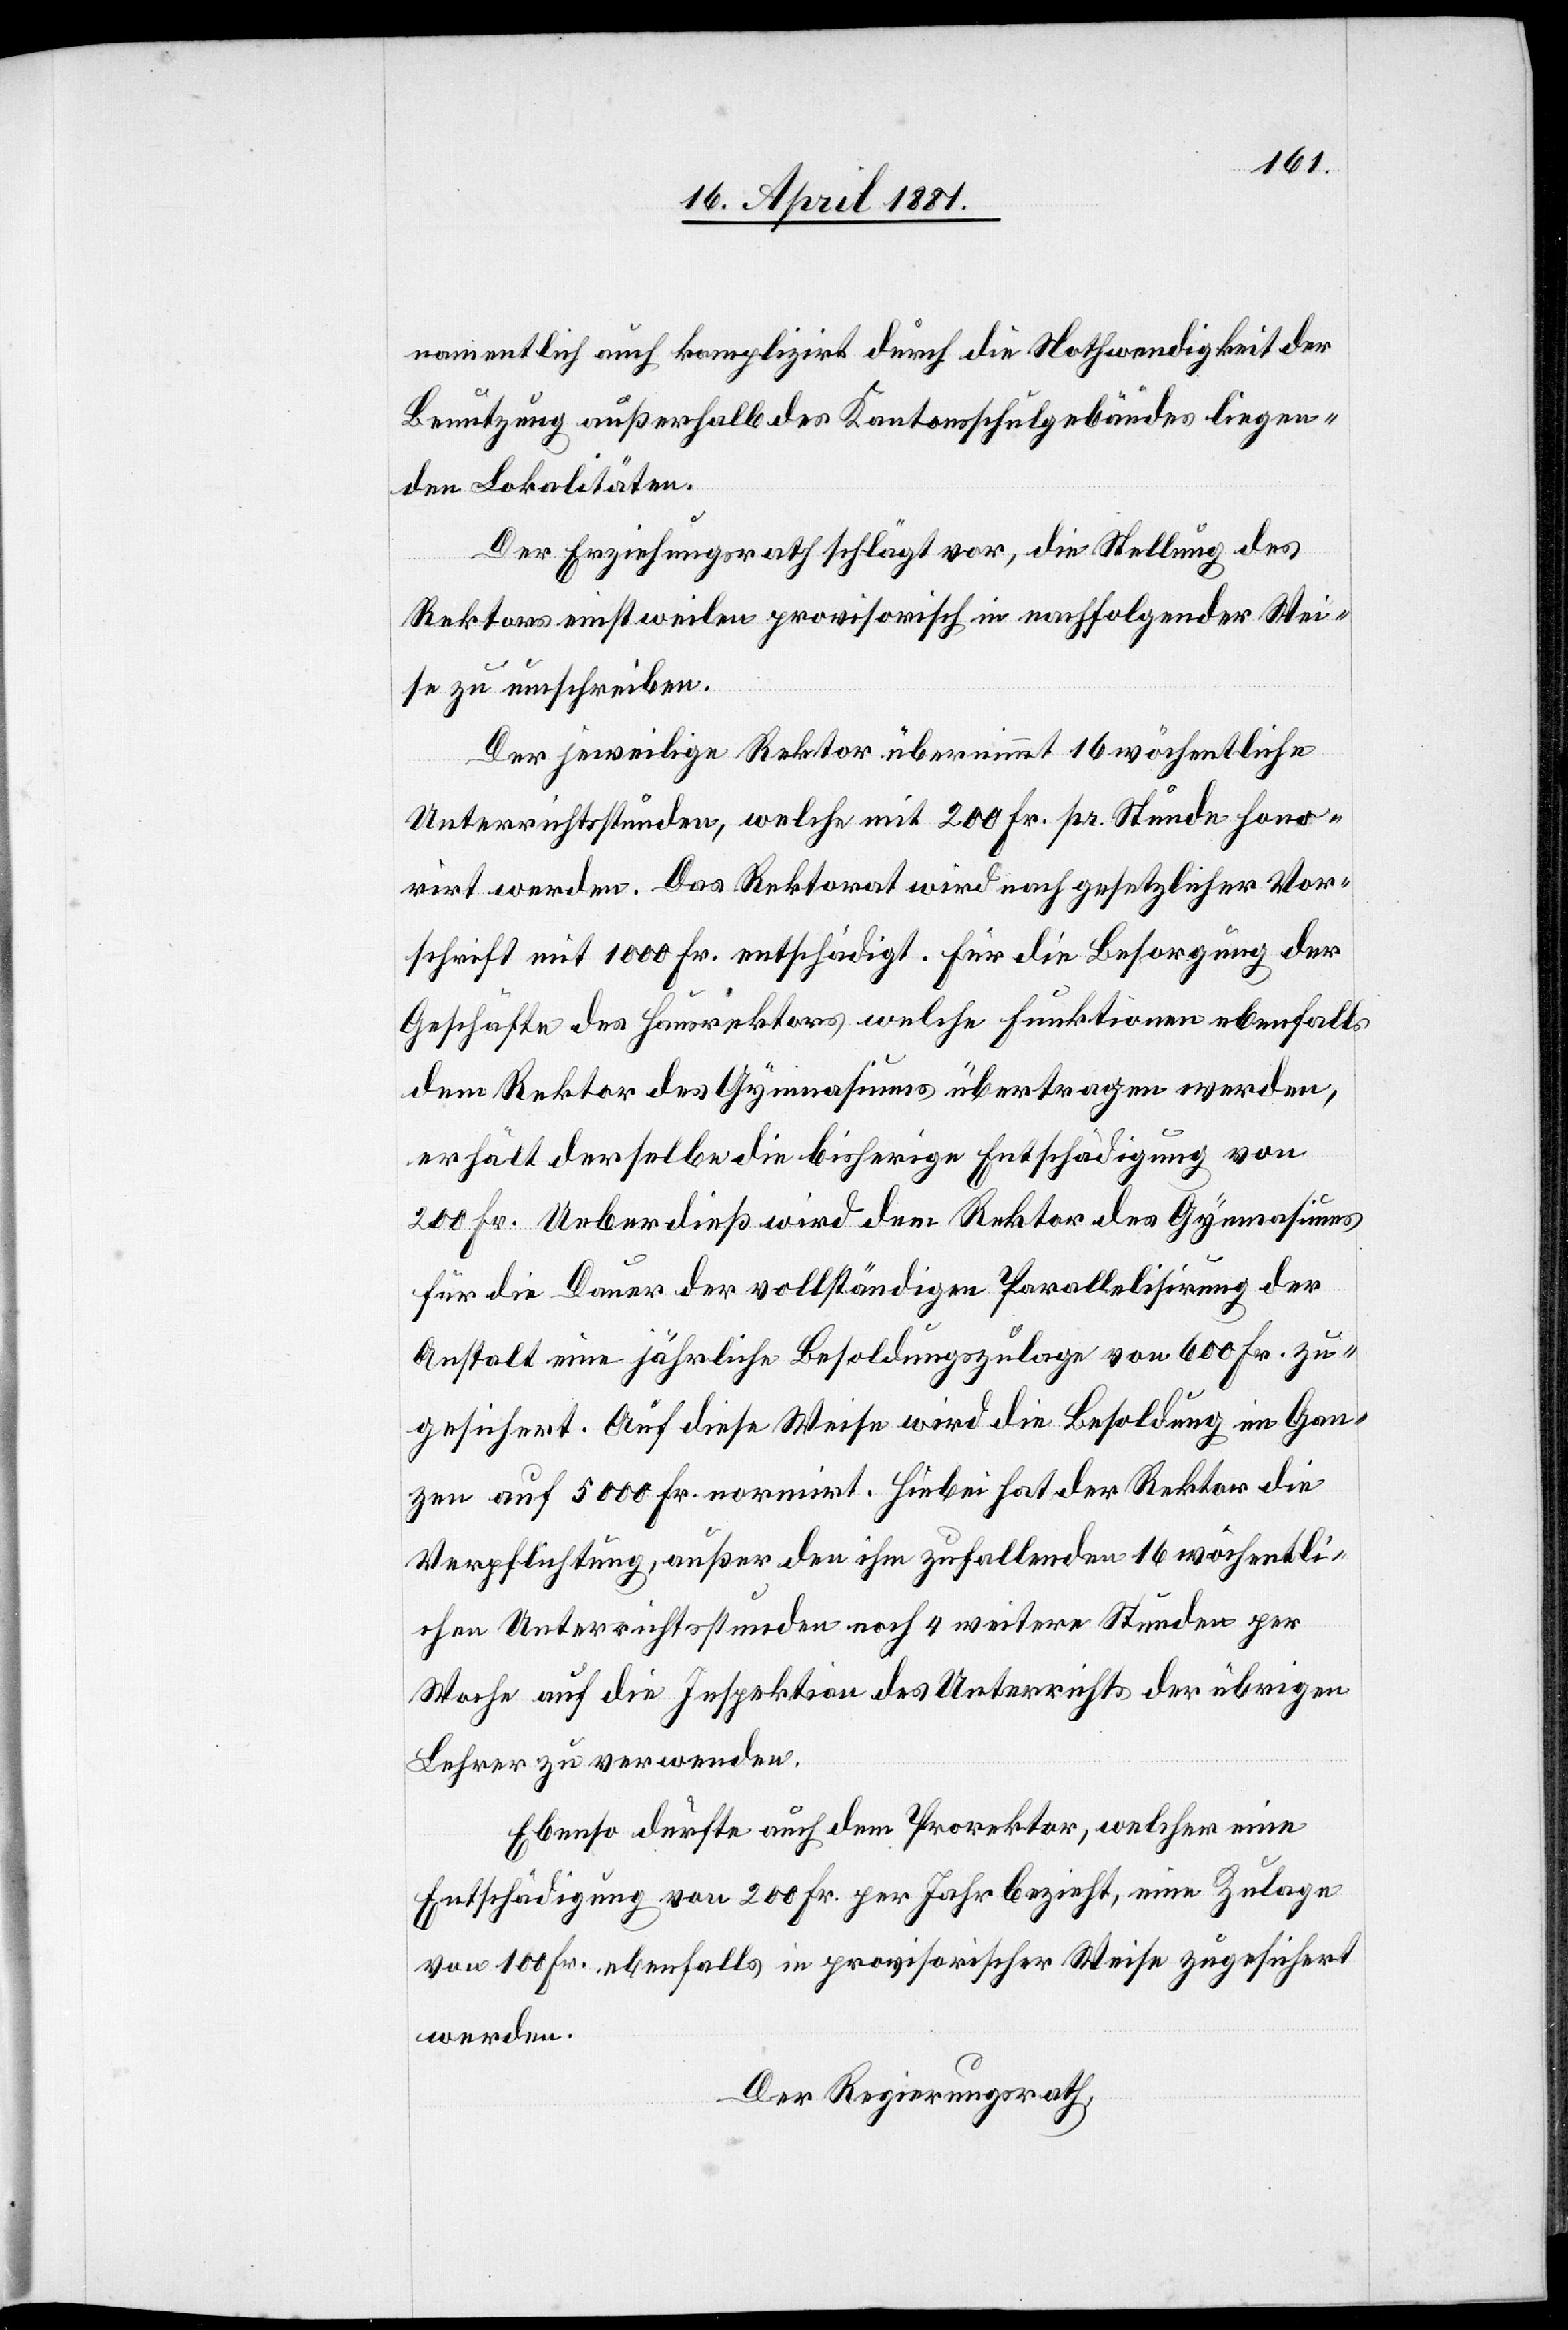
namentlich auch kompliziert durch die Nothwendigkeit der
Benutzung außerhalb des Kantonsschulgebäudes liegen¬
den Lokalitäten.
Der Erziehungsrath schlägt vor, die Stellung des
Rektors einstweilen provisorisch in nachfolgender Wei¬
se zu umschreiben.
Der jeweilige Rektor übernimmt 16 wöchentliche
Unterrichtsstunden, welche mit 200 Fr. pr. Stunde hono¬
rirt werden. Das Rektorat wird nach gesetzlicher Vor¬
schrift mit 1000 Fr. entschädigt. Für die Besorgung der
Geschäfte des Hausrektors welche Funktionen ebenfalls
dem Rektor des Gymnasiums übertragen werden,
erhält derselbe die bisherige Entschädigung von
200 Fr. Ueberdies wird dem Rektor des Gymnasiums
für die Dauer der vollständigen Parallelisierung der
Anstalt eine jährliche Besoldungszulage von 600 Fr. zu¬
gesichert. Auf diese Weise wird die Besoldung im Gan¬
zen auf 5000 Fr. normirt. Hiebei hat der Rektor die
Verpflichtung, außer den ihm zufallenden 16 mögli¬
chen Unterrichtsstunden noch 4 weitere Stunden per
Woche auf die Inspektion des Unterrichts der übrigen
Lehrer zu verwenden.
Ebenso dürfte auch dem Prorektor, welcher eine
Entschädigung von 200 Fr. per Jahr bezieht, eine Zulage
von 100 Fr. ebenfalls in provisorischer Weise zugesichert
werden.
Der Regierungsrath,